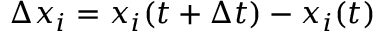
\Delta x _ { i } = x _ { i } ( t + \Delta t ) - x _ { i } ( t )